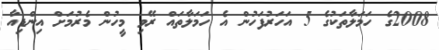
2008ގެ ހަމަލާތަކުގެ 5 އަހަރުފަހުން އެ ހަމަލާތައް ރޭވި މީހުން މެރުމަށް އިންޑިއާ